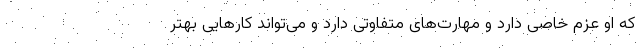
که او عزم خاصی دارد و مهارت‌های متفاوتی دارد و می‌تواند کار‌هایی بهتر